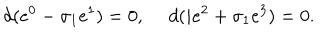
LaTeX: d ( e ^ { 0 } - \sigma _ { 1 } e ^ { 1 } ) = 0 , \ d ( i e ^ { 2 } + \sigma _ { 1 } e ^ { 3 } ) = 0 .